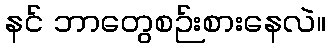
နင် ဘာတွေစဉ်းစားနေလဲ။